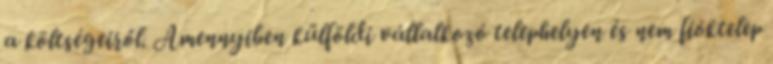
a költségeiről. Amennyiben külföldi vállalkozó telephelyen és nem fióktelep